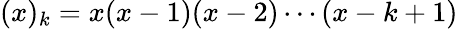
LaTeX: (x)_{k}=x(x-1)(x-2)\cdots(x-k+1)